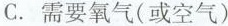
C. 需要氧气(或空气)